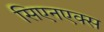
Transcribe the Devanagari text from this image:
सिएनएक्स